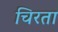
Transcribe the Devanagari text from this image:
चिरता